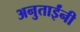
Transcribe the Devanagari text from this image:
अनुताईंनी